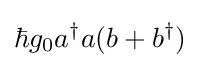
\hbar g_{0}a^{\dagger }a(b+b^{\dagger })